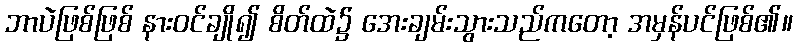
ဘာပဲဖြစ်ဖြစ် နားဝင်ချို၍ စိတ်ထဲ၌ အေးချမ်းသွားသည်ကတော့ အမှန်ပင်ဖြစ်၏။